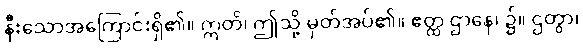
နီးသောအကြောင်းရှိ၏။ ဣတိ၊ ဤသို့ မှတ်အပ်၏။ ဧတ္ထ ဌာနေ၊ ၌။ ဌတွာ၊